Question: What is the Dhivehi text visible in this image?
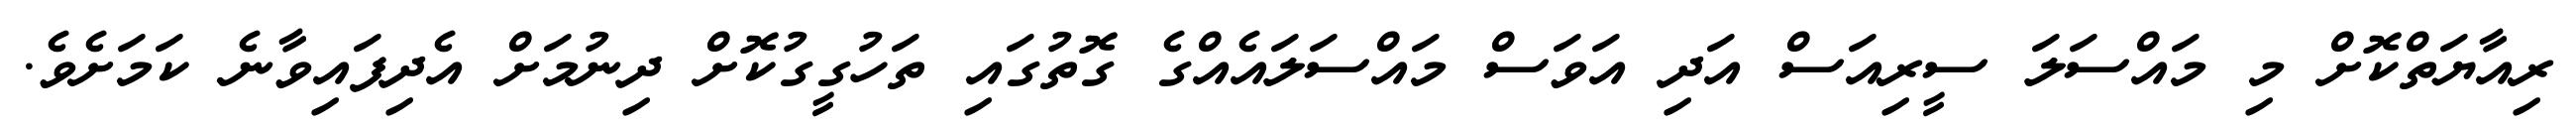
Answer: ރިއާޔަތްކޮށް މި މައްސަލަ ސީރިއަސް އަދި އަވަސް މައްސަލައެއްގެ ގޮތުގައި ތަހުގީގުކޮށް ދިނުމަށް އެދިފައިވާނެ ކަމަށެވެ.